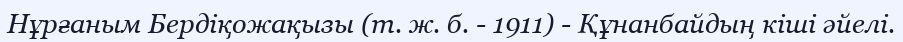
Нұрғаным Бердіқожақызы (т. ж. б. - 1911) - Құнанбайдың кіші әйелі.